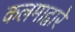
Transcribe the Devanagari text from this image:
कलमाद्वारे